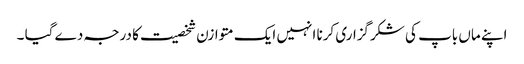
اپنے ماں باپ کی شکرگزاری کرنا انہیں ایک متوازن شخصیت کا درجہ دے گیا ۔